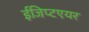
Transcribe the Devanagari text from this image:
ईजिप्टएयर